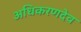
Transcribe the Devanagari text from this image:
अधिकरणदेव